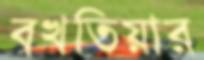
বখতিয়ার